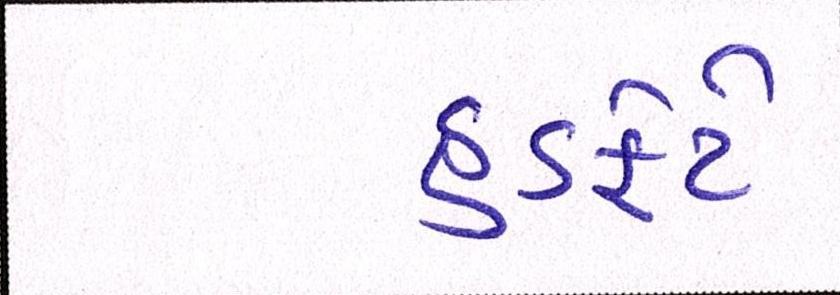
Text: હડફેટે